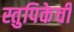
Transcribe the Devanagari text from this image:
स्तुपिकेची